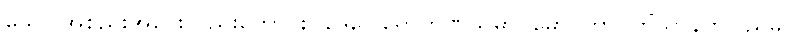
သော အစည်းအဝေးလည်းကောင်း။ ဒေဝေါရောဟဏသမာဂမော၊ တာဝတိံသာနတ်ပြည်မှ